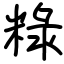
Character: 粶